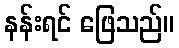
နန်းရင် ဖြေသည်။